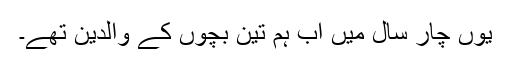
یوں چار سال میں اب ہم تین بچوں کے والدین تھے۔